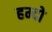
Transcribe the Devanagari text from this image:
हम्दो